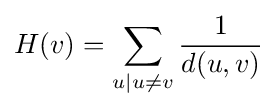
H(v)=\sum _{u|u\neq v}{\frac {1}{d(u,v)}}